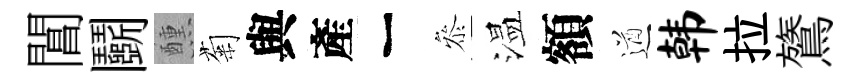
閶鬬醺菊與產一叅温額遒韩拉鷟